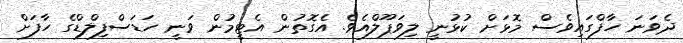
ދެވަނަ ހާފްގައިވެސް މޮޅަށް ކުޅުނީ ލިވަޕޫލްއެވެ. އެގޮތުން އެޓީމުން ވަނީ ހަޑަސްފިލްޑްގެ ހާފަށް